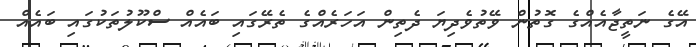
އޭގެ ނަތީޖާއެއްގެ ގޮތުުން ވޭތުވެދިޔަ ދެތިން އަހަރެއްގެ ތެރޭގައި ބައެއް ސްކޫލުތަކުގައި ބައެއް